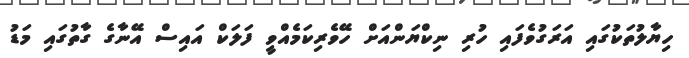
ހިޔާލުތަކުގައި އަރަގުވެފައި ހުރި ނިކްޔަންއަށް ހޭވެރިކަމެއްވީ ފަލަކް އައިސް އޭނާގެ ގާތުގައި މަޑު